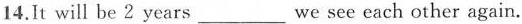
14,It will be 2 years___we see each other again.